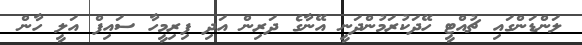
ލަންޑަންގައި ޗުއްޓީ ހޭދަކުރަމުންދަނީ އޭނާގެ ދަރިން އަދި ފިރިމީހާ ސައިފް އަލީ ހާން